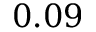
0 . 0 9